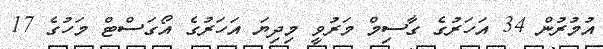
އުމުރުން 34 އަހަރުގެ ގާސިމް މަރުވީ މިދިޔަ އަހަރުގެ އޯގަސްޓް މަހުގެ 17